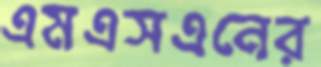
এমএসএনের